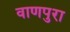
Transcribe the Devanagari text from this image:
वाणपुरा